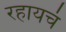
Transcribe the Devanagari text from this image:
रहायचं